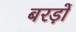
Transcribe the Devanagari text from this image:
बरड़ों